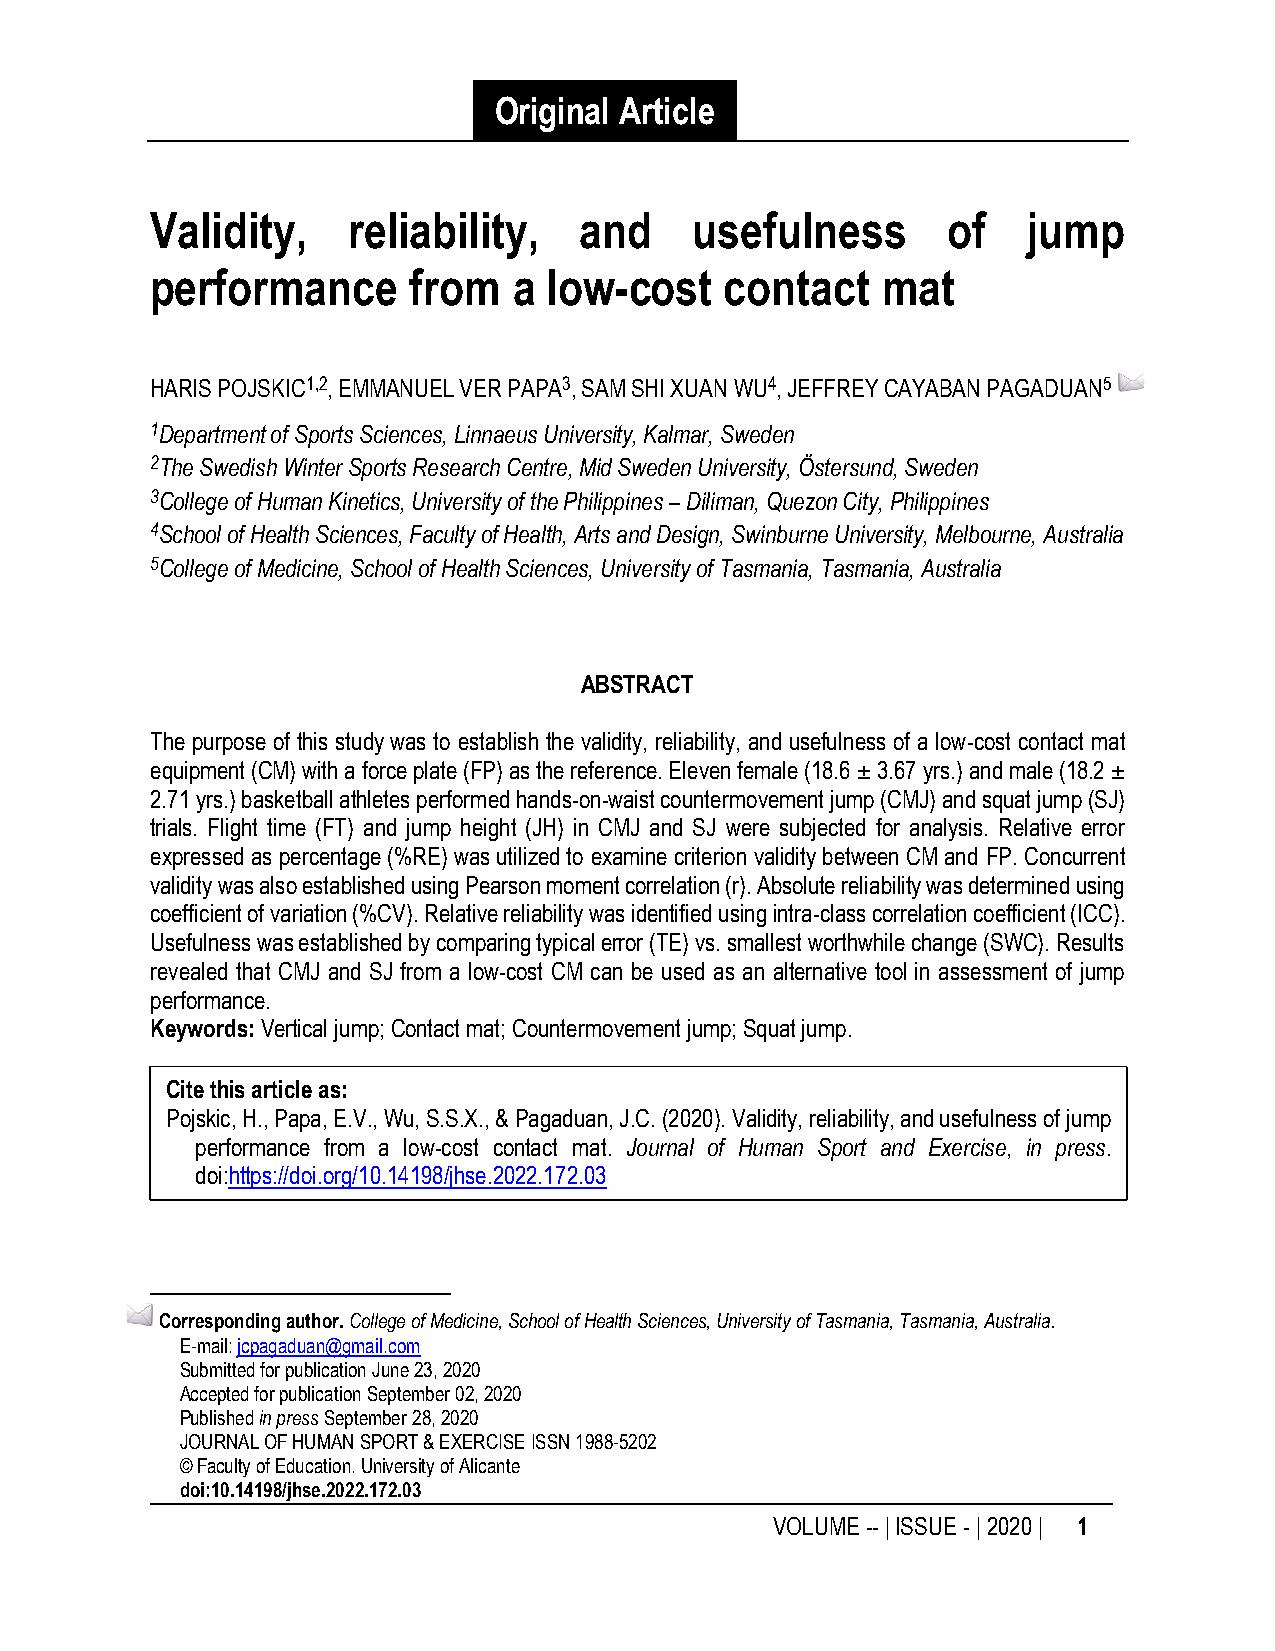
Original Article
 Validity,    reliability,   and     usefulness       of   jump
 performance      from   a low-cost    contact   mat
 HARIS POJSKIC1,2, EMMANUEL VER PAPA3, SAM SHI XUAN WU4, JEFFREY CAYABAN PAGADUAN5 1
 1Department of Sports Sciences, Linnaeus University, Kalmar, Sweden
 2The Swedish Winter Sports Research Centre, Mid Sweden University, Östersund, Sweden
 3College of Human Kinetics, University of the Philippines – Diliman, Quezon City, Philippines
 4School of Health Sciences, Faculty of Health, Arts and Design, Swinburne University, Melbourne, Australia
 5College of Medicine, School of Health Sciences, University of Tasmania, Tasmania, Australia
 ABSTRACT
 The purpose of this study was to establish the validity, reliability, and usefulness of a low-cost contact mat
 equipment (CM) with a force plate (FP) as the reference. Eleven female (18.6 ± 3.67 yrs.) and male (18.2 ±
 2.71 yrs.) basketball athletes performed hands-on-waist countermovement jump (CMJ) and squat jump (SJ)
 trials. Flight time (FT) and jump height (JH) in CMJ and SJ were subjected for analysis. Relative error
 expressed as percentage (%RE) was utilized to examine criterion validity between CM and FP. Concurrent
 validity was also established using Pearson moment correlation (r). Absolute reliability was determined using
 coefficient of variation (%CV). Relative reliability was identified using intra-class correlation coefficient (ICC).
 Usefulness was established by comparing typical error (TE) vs. smallest worthwhile change (SWC). Results
 revealed that CMJ and SJ from a low-cost CM can be used as an alternative tool in assessment of jump
 performance.
 Keywords: Vertical jump; Contact mat; Countermovement jump; Squat jump.
 Cite this article as:
 Pojskic, H., Papa, E.V., Wu, S.S.X., & Pagaduan, J.C. (2020). Validity, reliability, and usefulness of jump
 performance from a low-cost contact mat. Journal of Human Sport and Exercise, in press.
 doi:https://doi.org/10.14198/jhse.2022.172.03
 1Corresponding author. College of Medicine, School of Health Sciences, University of Tasmania, Tasmania, Australia.
 E-mail: jcpagaduan@gmail.com
 Submitted for publication June 23, 2020
 Accepted for publication September 02, 2020
 Published in press September 28, 2020
 JOURNAL OF HUMAN SPORT & EXERCISE ISSN 1988-5202
 © Faculty of Education. University of Alicante
 doi:10.14198/jhse.2022.172.03
 VOLUME -- | ISSUE - | 2020 | 1